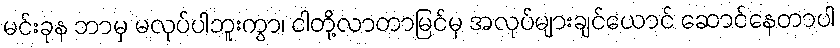
မင်းခုန ဘာမှ မလုပ်ပါဘူးကွာ၊ ငါတို့လာတာမြင်မှ အလုပ်များချင်ယောင် ဆောင်နေတာပါ